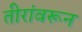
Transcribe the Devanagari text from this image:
तीरांवरून